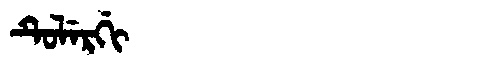
Manchu: ᡨᡠᠯᡝᡵᡤᡳ
Romanization: TULERGI